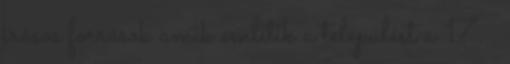
írásos források amik említik a települést a 17. .